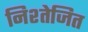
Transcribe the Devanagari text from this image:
निश्तेजित